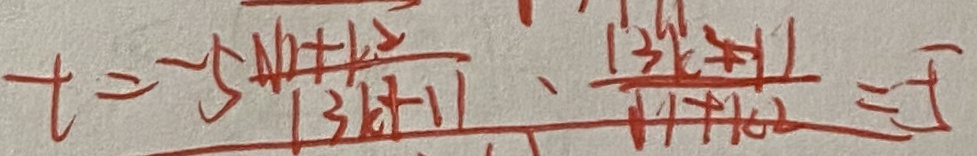
t = - 5 \frac { \sqrt { 1 + k } ^ { 2 } } { 1 3 k + 1 1 } \cdot \frac { 1 3 k ^ { 2 } + 1 1 } { 1 1 + k ^ { 2 } } = - 5